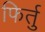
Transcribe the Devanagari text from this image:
फिर्तु